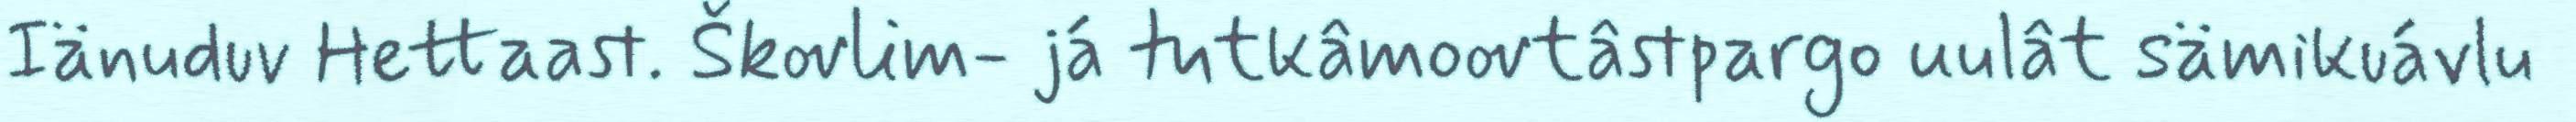
Iänuduv Hettaast. Škovlim- já tutkâmoovtâstpargo uulât sämikuávlu